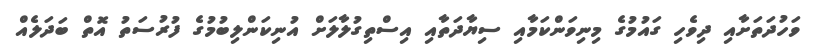
ވަހުދަތަށާއި ދިވެހި ގައުމުގެ މިނިވަންކަމާއި ސިޔާދަތާއި އިސްތިގުލާލަށް އުނިކަންލިބުމުގެ ފުރުސަތު އޮތް ބަދަލެއް